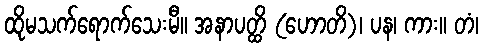
ထိုမသက်ရောက်သေးမီ။ အနာပတ္ထိ (ဟောတိ)၊ ပန၊ ကား။ တံ၊